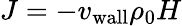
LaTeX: J=-{v_{\mathrm{wall}}}\rho_{0}H